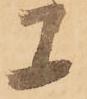
上